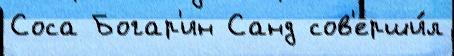
Соса Богар'ин Санд сов'ерши́л